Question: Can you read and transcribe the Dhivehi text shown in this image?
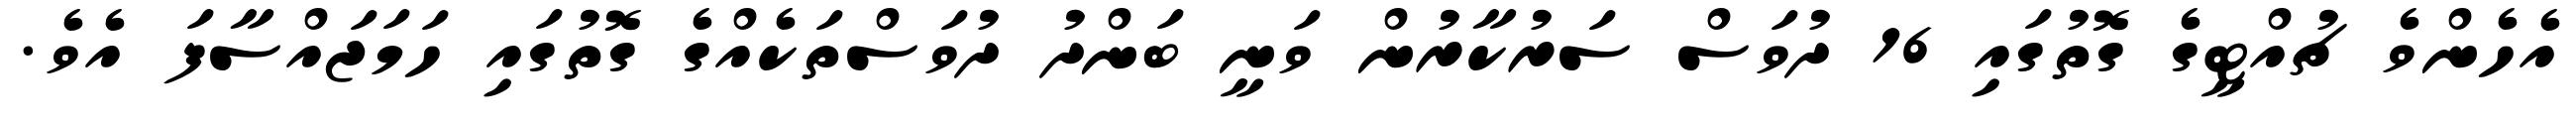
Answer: އެހެންވެ ޗުއްޓީގެ ގޮތުގައި 16 ދުވަސް ސަރުކާރުން ވަނީ ބަންދު ދުވަސްތަކެއްގެ ގޮތުގައި ހަމަޖައްސާފަ އެވެ.